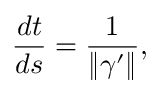
{ \frac { d t } { d s } } = { \frac { 1 } { \| { \boldsymbol { \gamma } } ^ { \prime } \| } } ,